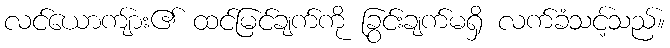
လင်ယောကျ်ား၏ ထင်မြင်ချက်ကို ခြွင်းချက်မရှိ လက်ခံသင့်သည်။